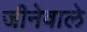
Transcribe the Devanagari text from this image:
जीनेवाले